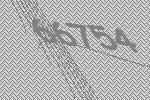
66754